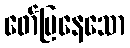
ဖော်ပြနေသော